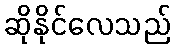
ဆိုနိုင်လေသည်